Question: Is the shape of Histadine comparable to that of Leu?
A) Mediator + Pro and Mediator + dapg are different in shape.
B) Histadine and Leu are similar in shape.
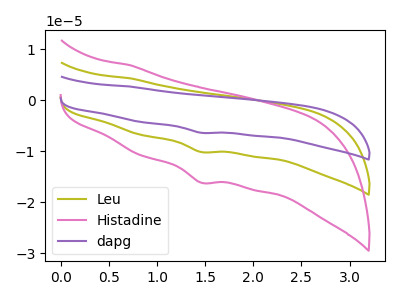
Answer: <think>The olive curve "Leu" has a cathodic peak at: (1.45V, -10.15uA). The pink curve "Histadine" has a cathodic peak at: (1.45V, -16.15uA). The purple curve "dapg" has a cathodic peak at: (1.45V, -20.30uA).
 All the peaks in "Histadine" have a peak in "Leu" at the same potential. Every peak in "Histadine" is higher than every peak in "Leu".</think>
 <answer>B) "Histadine" and "Leu" are similar in shape.</answer>
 <eval>B</eval>